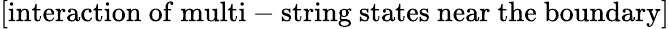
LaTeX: \mathrm{[interaction~of~multi-string~states~near~the~boundary]}